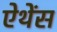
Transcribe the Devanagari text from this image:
ऐथेंस